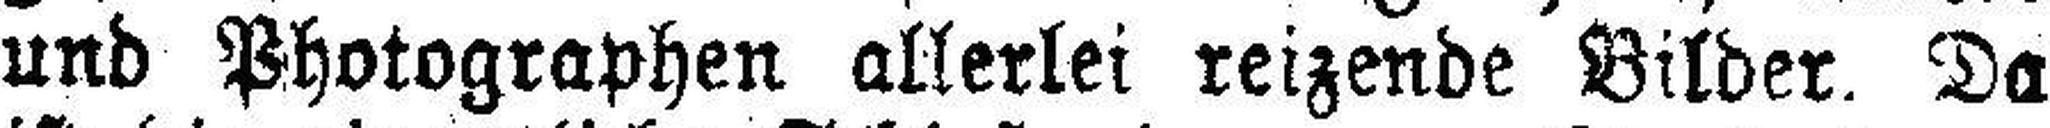
und Photographen allerlei reizende Bilder. Da